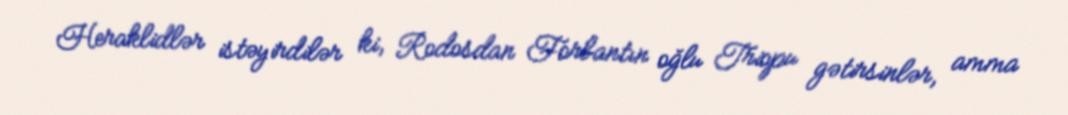
Heraklidlər istəyirdilər ki, Rodosdan Forbantın oğlu Triopu gətirsinlər, amma